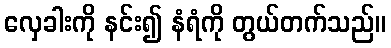
လှေခါးကို နင်း၍ နံရံကို တွယ်တက်သည်။